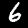
Label: 6